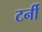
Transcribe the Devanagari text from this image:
टर्नी